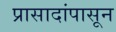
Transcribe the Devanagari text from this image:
प्रासादांपासून